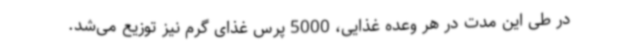
در طی این مدت در هر وعده غذایی، 5000 پرس غذای گرم نیز توزیع می‌شد.